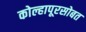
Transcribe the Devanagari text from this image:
कोल्हापूरसोबत